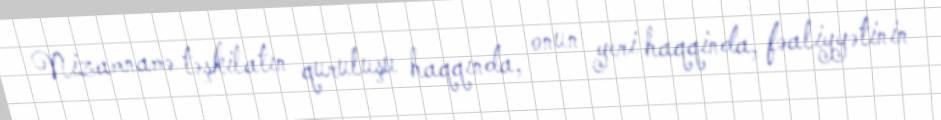
Nizamnamə təşkilatın quruluşu haqqında, onun yeri haqqinda, fəaliyyətinin